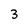
Character: 3